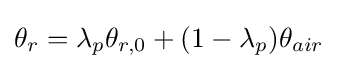
\theta _{r}=\lambda _{p}\theta _{r,0}+(1-\lambda _{p})\theta _{air}